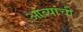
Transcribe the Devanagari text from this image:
आंब्यांची